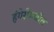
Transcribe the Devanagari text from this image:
हंगेरीमधील